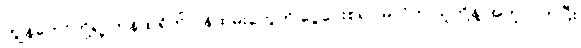
ကျွန်တော်တို့ရဲ့ ကန်ထရိုက် ဝန်ထမ်းတွေကို ငွေပေးစရာ မလိုဘဲ သူတို့နဲ့ အတူလိုက်ပြီး